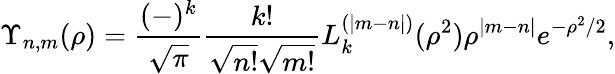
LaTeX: \Upsilon_{n,m}(\rho)=\frac{(-)^{k}}{\sqrt{\pi}}\frac{k!}{\sqrt{n!}\sqrt{m!}}L_{k}^{(|m-n|)}(\rho^{2})\rho^{|m-n|}e^{-\rho^{2}/2},